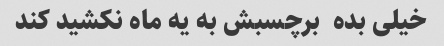
خیلی بده  برچسبش به یه ماه نکشید کند